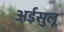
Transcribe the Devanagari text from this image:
अईसुलू